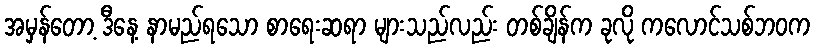
အမှန်တော့ ဒီနေ့ နာမည်ရသော စာရေးဆရာ များသည်လည်း တစ်ချိန်က ခုလို ကလောင်သစ်ဘဝက